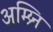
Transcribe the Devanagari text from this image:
अम्य्र्नि